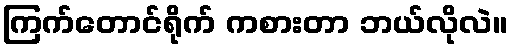
ကြက်တောင်ရိုက် ကစားတာ ဘယ်လိုလဲ။